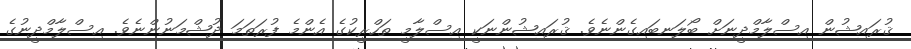
ޤުރައިޝުން އިސްލާމްދީނަށް ބޯލަނބައިގެންނެވެ. ޤުރައިޝުންނަކީ އިސްލާމީ ތަހްރީކުގެ އެންމެ ފުރަތަމަ ދުޝްމަނުންނެވެ. އިސްލާމްދީނުގެ